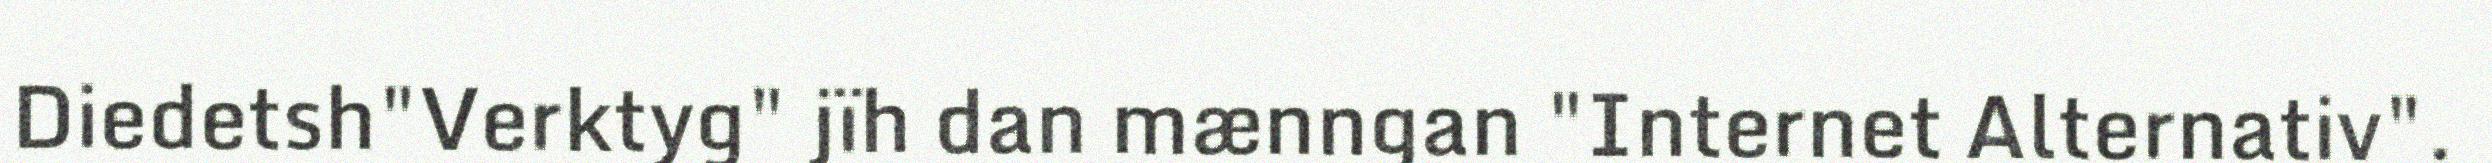
Diedetsh"Verktyg" jïh dan mænngan "Internet Alternativ".